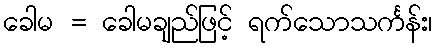
ခေါမ = ခေါမချည်ဖြင့် ရက်သောသင်္ကန်း၊